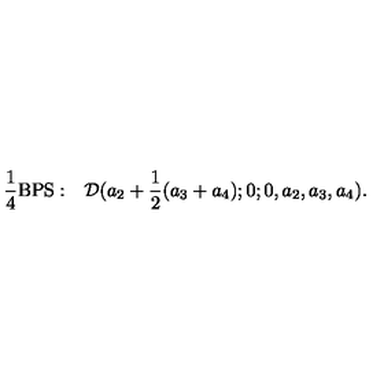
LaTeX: { \frac { 1 } { 4 } } \mathrm { B P S : } \quad { \cal D } ( a _ { 2 } + { \frac { 1 } { 2 } } ( a _ { 3 } + a _ { 4 } ) ; 0 ; 0 , a _ { 2 } , a _ { 3 } , a _ { 4 } ) .